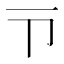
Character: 𪜁